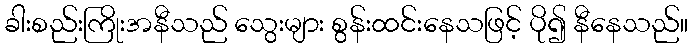
ခါးစည်းကြိုးအနီသည် သွေးများ စွန်းထင်းနေသဖြင့် ပို၍ နီနေသည်။